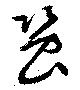
蛩